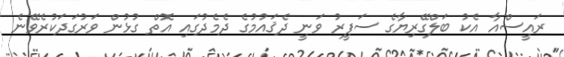
ރައީސްއާ އެކު ބަލްގޭރިޔާގެ ސަފީރު ވަނީ ދެޤައުމުގެ ދެމެދުގައި އޮތް ގުޅުން ވަރުގަދަކުރެވޭނެ